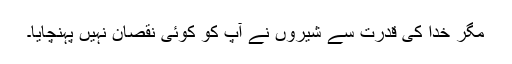
مگر خدا کی قدرت سے شیروں نے آپ کو کوئی نقصان نہیں پہنچایا۔